Leaving Certificate, 1937
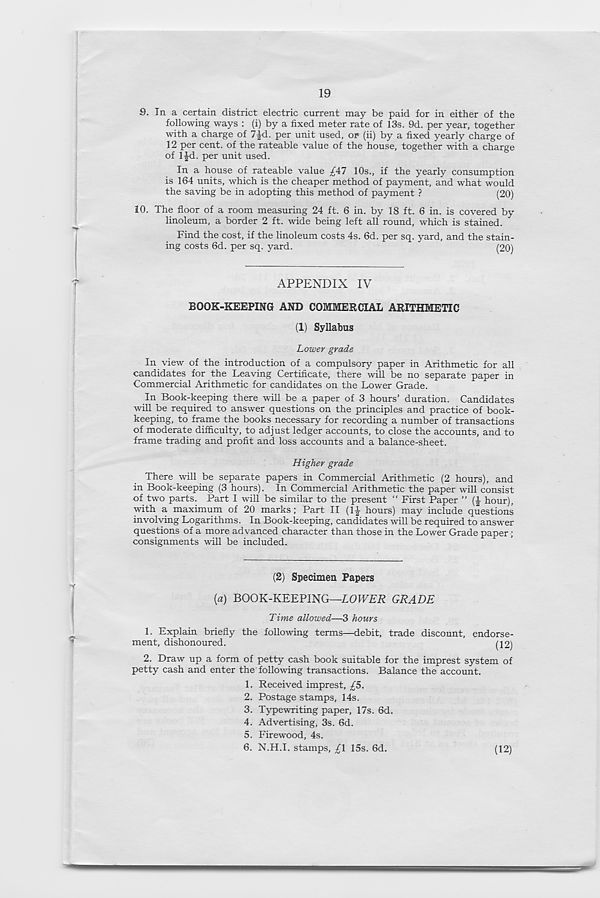
19
9. In a certain district electric current may be paid for in either of the
following ways : (i) by a fixed meter rate of 13s. 9d. per year, together
with a charge of 7|d. per unit used, or (ii) by a fixed yearly charge of
12 per cent, of the rateable value of the house, together with a charge
of IJd. per unit used.
In a house of rateable value ^47 10s., if the yearly consumption
is 164 units, which is the cheaper method of payment, and what would
the saving be in adopting this method of payment ?
(20)
10. The floor of a room measuring 24 ft. 6 in. by 18 ft. 6 in. is covered by
linoleum, a border 2 ft. wide being left all round, which is stained.
Find the cost, if the linoleum costs 4s. 6d. per sq. yard, and the stain-
ing costs 6d. per sq. yard.
(20)
APPENDIX IV
BOOK-KEEPING AND COMMERCIAL ARITHMETIC
(1) Syllabus
Lower grade
In view of the introduction of a compulsory paper in Arithmetic for all
candidates for the Leaving Certificate, there will be no separate paper in
Commercial Arithmetic for candidates on the Lower Grade.
In Book-keeping there will be a paper of 3 hours’ duration. Candidates
will be required to answer questions on the principles and practice of book-
keeping, to frame the books necessary for recording a number of transactions
of moderate difficulty, to adjust ledger accounts, to close the accounts, and to
frame trading and profit and loss accounts and a balance-sheet.
Higher grade
There will be separate papers in Commercial Arithmetic (2 hours), and
in Book-keeping (3 hours). In Commercial Arithmetic the paper will consist
of two parts. Part I will be similar to the present “ First Paper ” (f hour),
with a maximum of 20 marks; Part II (IJ hours) may include questions
involving Logarithms. In Book-keeping, candidates will be required to answer
questions of a more advanced character than those in the Lower Grade paper;
consignments will be included.
(2) Specimen Papers
(a) BOOK-KEEPING—LOWER GRADE
Time allowed—-3 hours
1. Explain briefly the following terms—debit, trade discount, endorse-
ment, dishonoured.
(12)
2. Draw up a form of petty cash book suitable for the imprest system of
petty cash and enter the following transactions. Balance the account.
1. Received imprest, £5.
2. Postage stamps, 14s.
3. Typewriting paper, 17s. 6d.
4. Advertising, 3s. 6d.
5. Firewood, 4s.
6. N.H.I. stamps, £\ 15s. 6d.
(12)